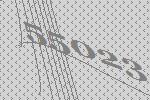
55023